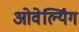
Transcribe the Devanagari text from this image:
ओवेर्ल्यिंग